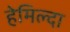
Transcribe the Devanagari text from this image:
हेमिल्दा